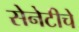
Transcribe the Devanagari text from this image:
सेनेटीचे